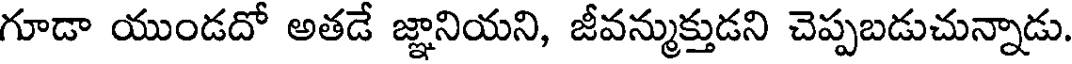
గూడా యుండదో అతడే జ్ఞానియని, జీవన్ముక్తుడని చెప్పబడుచున్నాడు.